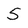
Character: 5